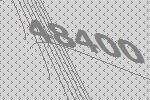
48400